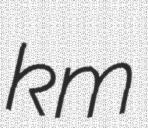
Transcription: km